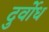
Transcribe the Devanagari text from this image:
दुर्वोध